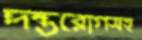
দন্তরোগসহ